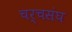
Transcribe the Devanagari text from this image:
चर्चसंघ